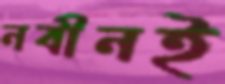
নবীনই